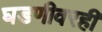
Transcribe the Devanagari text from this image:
घडणीवरही